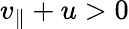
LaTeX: v_{\parallel}+u>0